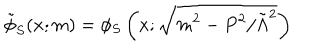
LaTeX: \tilde { \phi } _ { S } ( x ; m ) = \phi _ { S } \left( x ; \sqrt { m ^ { 2 } - P ^ { 2 } / \tilde { \Lambda } ^ { 2 } } \right)